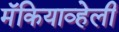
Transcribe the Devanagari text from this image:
मॅकियाव्हेली